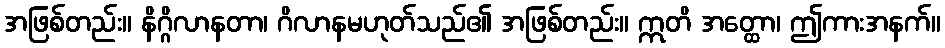
အဖြစ်တည်း။ နိဂ္ဂိလာနတာ၊ ဂိလာနမဟုတ်သည်၏ အဖြစ်တည်း။ ဣတိ အတ္ထော၊ ဤကားအနက်။